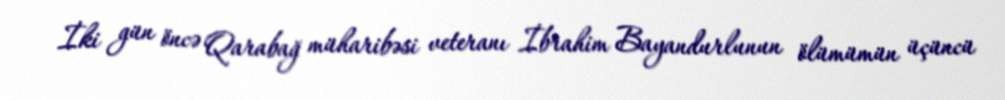
İki gün öncə Qarabağ müharibəsi veteranı İbrahim Bayandurlunun ölümümün üçüncü